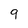
Character: 9